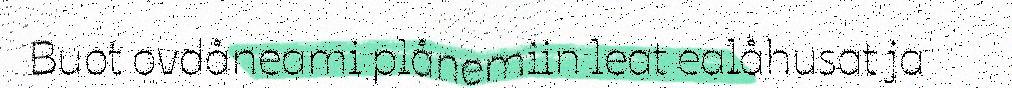
Buot ovdåneami plånemiin leat ealåhusat ja